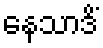
နေသာဒိံ